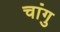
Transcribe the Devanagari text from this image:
चांगु